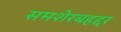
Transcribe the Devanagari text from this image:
समशेरबहद्दर